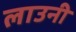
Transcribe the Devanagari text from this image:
लाउनी